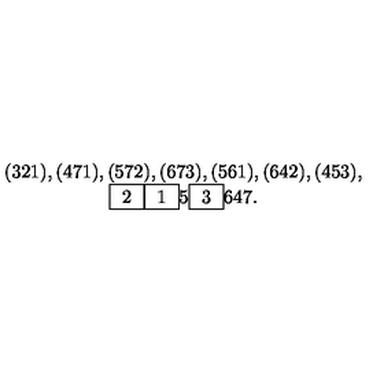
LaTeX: \begin{array} { c } { ( 3 2 1 ) , ( 4 7 1 ) , ( 5 7 2 ) , ( 6 7 3 ) , ( 5 6 1 ) , ( 6 4 2 ) , ( 4 5 3 ) , } \\ { \fbox { 2 } \fbox { 1 } 5 \fbox { 3 } 6 4 7 . } \\ \end{array}